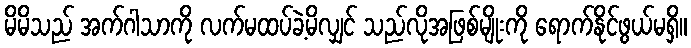
မိမိသည် အက်ဂါသာကို လက်မထပ်ခဲ့မိလျှင် သည်လိုအဖြစ်မျိုးကို ရောက်နိုင်ဖွယ်မရှိ။